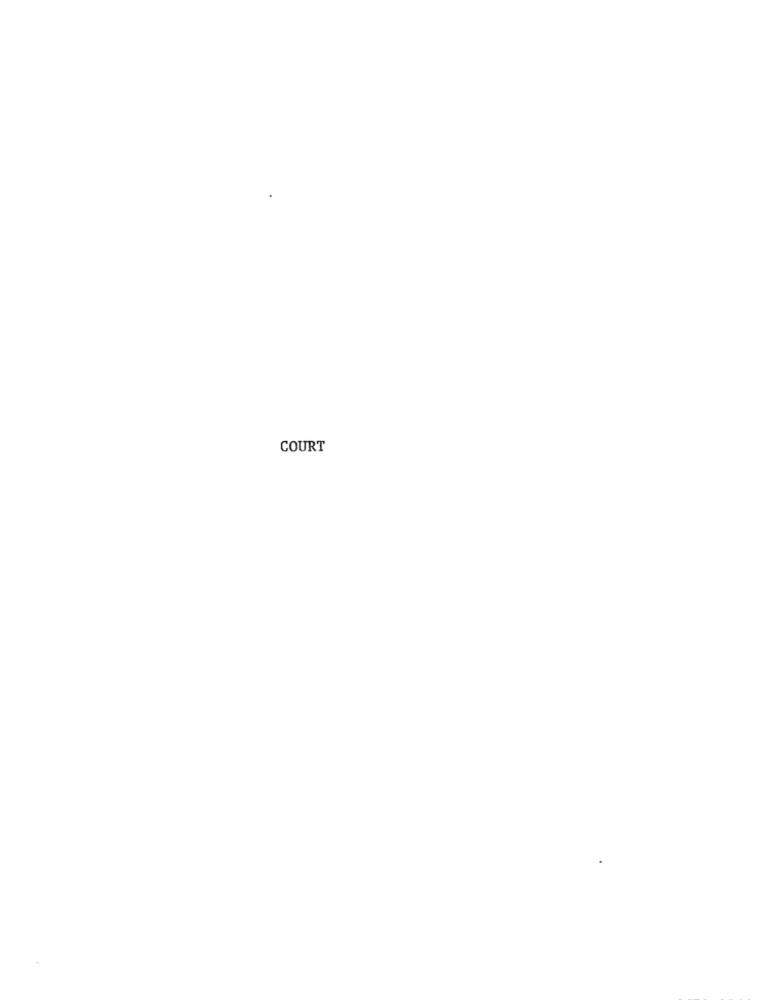
COURT